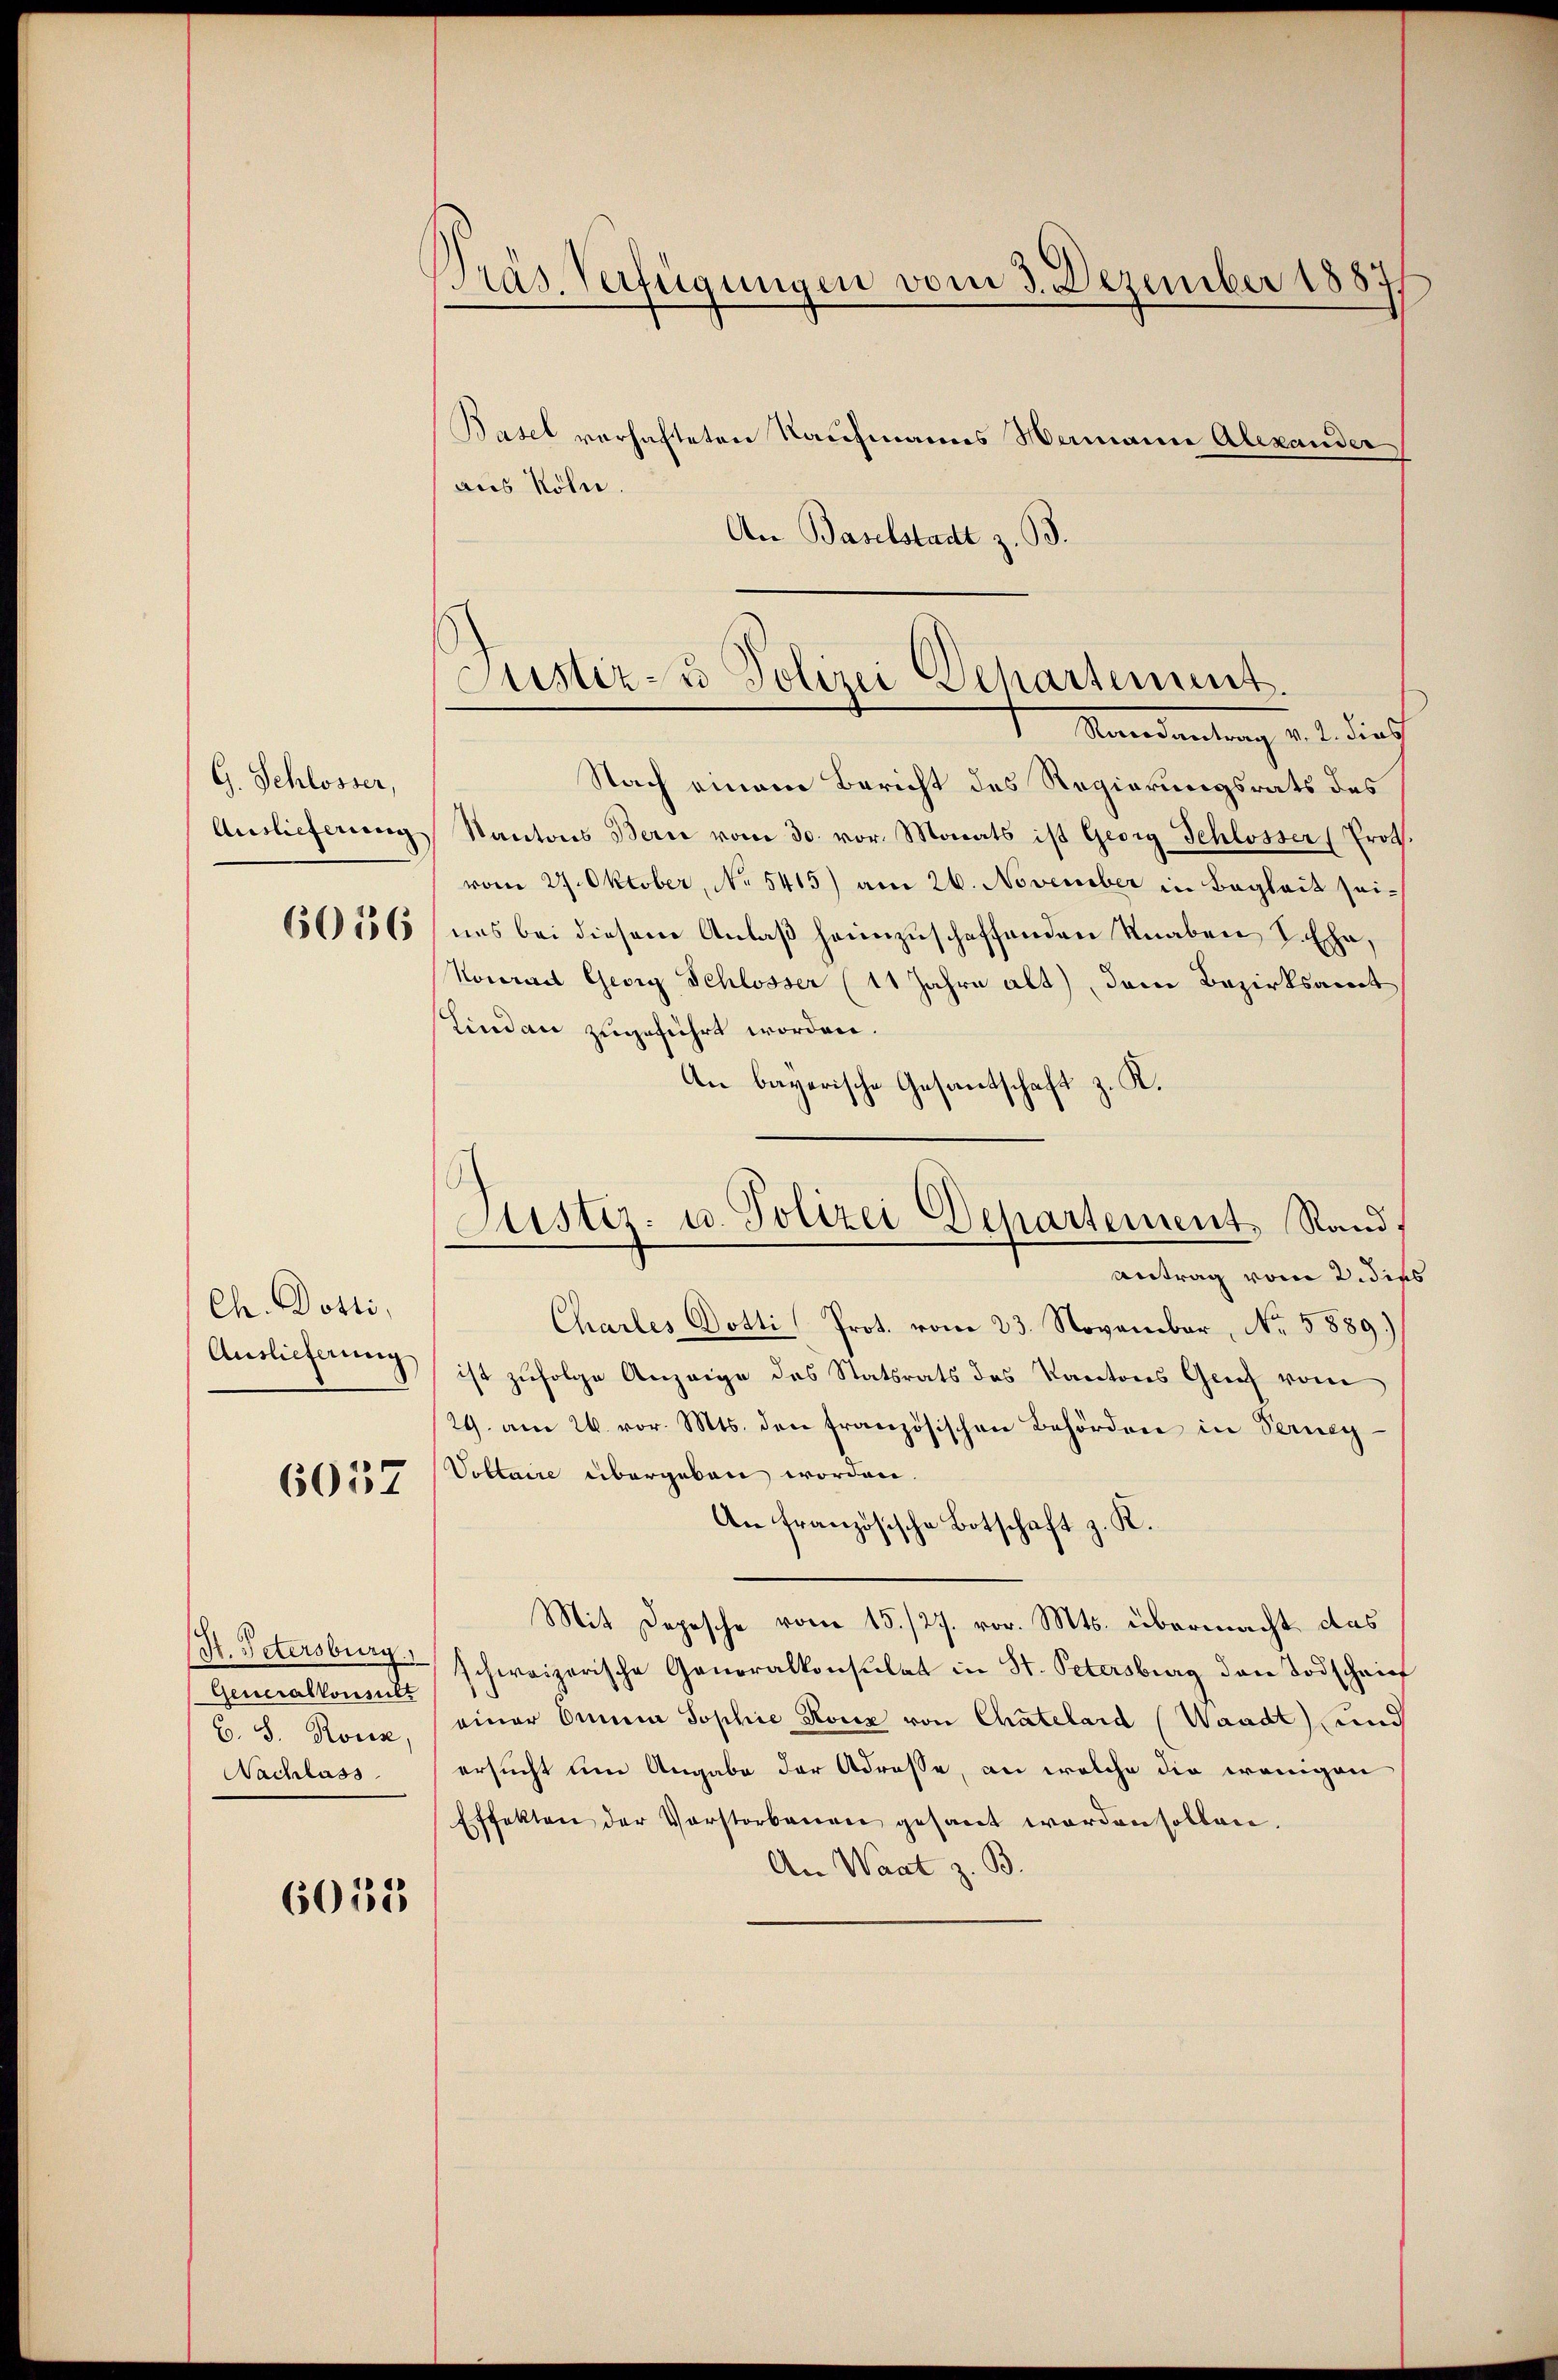
G. Schlosser,
Auslieferung

6016

Ch. Dotti,
Auslieferung

6057

(N. Petersburg.
Generalkonsult
B. S. Ross,
Nachlass

6055

Präs. Verfügungen vom 3. Dezember 1887
Basel verhafteten Kaufmanns Wermanne Alexander
aus Röhn.

Justiz- u Polizei Separtement.
Mandantung d. 1. die h

An Baselstadt z. B.
Nach einem Bericht des Regierungsrats des
Kantons Bern vom 30. vor. Monats ist Georg Schlosser (Proth.
vom 27. Oktober, No 5415) am 26. November in Begleit sei-
ues bei diesem Anlaß heimzuschaffenden Knaben S. Ehe¬
Konial Georg Schlosser (11 Jahre alt) dem Bezirksamt
Lindau zugeführt worden.
An bayerische Gesandtschaft z. K.
Justiz- u. Polizei Departement Rand,
Antrag vom 2. dies
Charles Dotti Prot. vom 23. November, No. 5889.)
ist zufolge Anzeige des Statsrats des Kantons Genf vom
29. am 26. vor. Mts. den französischen Behörden in Berney-
Voltaire übergeben worden
An französische Botschaft z. R.
Mit Depesche vom 15./27. vor. Mts. übermacht, das
schweizerische Generalkonsulat in St. Petersburg den Todschrif
einer Omnia Sophie Konz von Chatelard (Waadt) und
ersucht um Angabe der Adresse, an welche die wenigen
Effekten der Vorstorbenen gesandt worden sollen.
An Waat z. B.